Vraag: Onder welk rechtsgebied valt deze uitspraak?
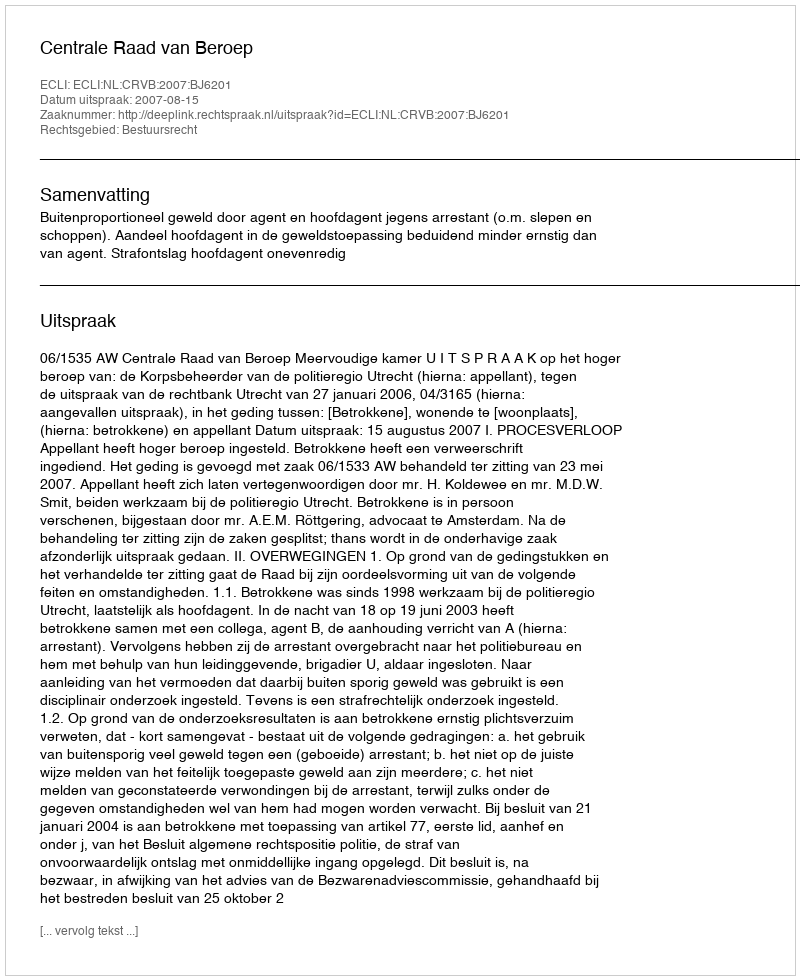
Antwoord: Bestuursrecht